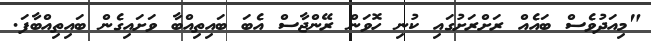
"މިއަދުވެސް ބައެއް ރަށްރަށުގައި ކުނި ހޮވަން ރޭންޖާސް އެބަ ބައިތިއްބާ ވަށައިގެން ބައިތިއްބާފަ.